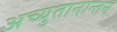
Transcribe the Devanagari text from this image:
अच्युतानान्तन